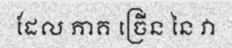
ដែល ភាគ ច្រើន នៃ វា